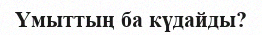
Үмыттың ба күдайды?